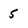
Character: 5